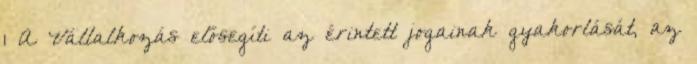
1 A Vállalkozás elősegíti az érintett jogainak gyakorlását, az